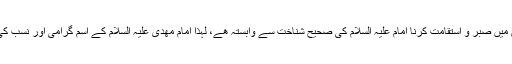
امام علیہ السلام کی شناخت اور پہچان کے بغیر راہ انتظار کو طے کرنا ممکن نھیں ھے، انتظار کی وادی میں صبر و استقامت کرنا امام علیہ السلام کی صحیح شناخت سے وابستہ ھے، لہٰذا امام مھدی علیہ السلام کے اسم گرامی اور نسب کی شناخت کے علاوہ ان کی عظمت اور ان کے رتبہ و مقام کی کافی مقدار میں شناخت بھی ضروری ھے۔